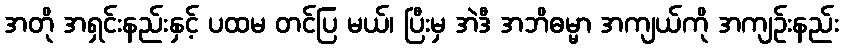
အတို အရှင်းနည်းနှင့် ပထမ တင်ပြ မယ်၊ ပြီးမှ အဲဒီ အဘိဓမ္မာ အကျယ်ကို အကျဉ်းနည်း